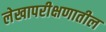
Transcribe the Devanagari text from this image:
लेखापरीक्षणातील